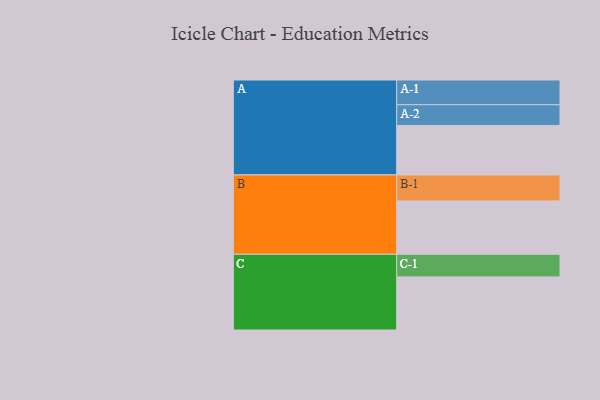
{"axis": {"x": "Segment", "y": "Value"}, "legend": ["", "A", "B", "C"], "data": [{"x": "A", "y": 523, "type": ""}, {"x": "B", "y": 564, "type": ""}, {"x": "C", "y": 561, "type": ""}, {"x": "A-1", "y": 261, "type": "A"}, {"x": "A-2", "y": 219, "type": "A"}, {"x": "B-1", "y": 274, "type": "B"}, {"x": "C-1", "y": 239, "type": "C"}]}